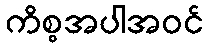
ကိစ္စအပါအဝင်